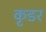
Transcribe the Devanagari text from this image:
कृडर